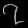
Digit: ၇